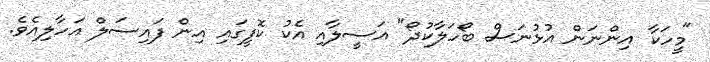
"މީހަކާ އިންނަން އުޅުނަސް ބޯހަލާކުދޯ" އަސީލާއި އެކު ކޮފީގައި އިން ފައިސަލް އަހާލިއެވެ.